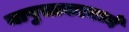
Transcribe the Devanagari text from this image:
यापुस्तकामध्ये